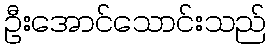
ဦးအောင်သောင်းသည်